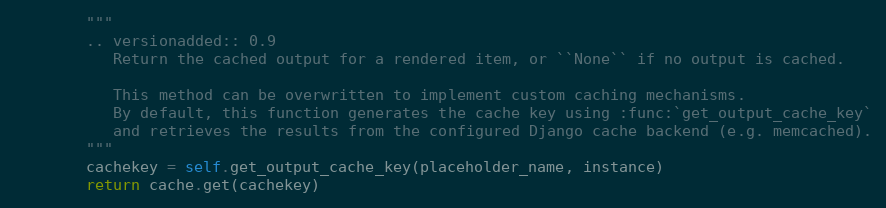
Language: Python
        """
        .. versionadded:: 0.9
           Return the cached output for a rendered item, or ``None`` if no output is cached.

           This method can be overwritten to implement custom caching mechanisms.
           By default, this function generates the cache key using :func:`get_output_cache_key`
           and retrieves the results from the configured Django cache backend (e.g. memcached).
        """
        cachekey = self.get_output_cache_key(placeholder_name, instance)
        return cache.get(cachekey)